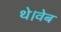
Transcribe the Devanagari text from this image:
थे।वेब